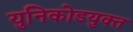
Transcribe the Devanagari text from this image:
युनिकोडयुक्त